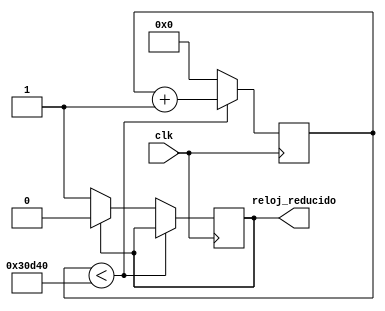
`timescale 1ns / 1ps
//////////////////////////////////////////////////////////////////////////////////
// Company: 
// Engineer: 
// 
// Design Name: 
// Module Name:    Reloj 
// Project Name: 
// Target Devices: 
// Tool versions: 
// Description: 
//
// Dependencies: 
//
// Revision: 
// Revision 0.01 - File Created
// Additional Comments: 
//
//////////////////////////////////////////////////////////////////////////////////
module Reloj(
    input clk,
    output reg reloj_reducido
    );
reg [255:0]contador;

//si contador es menor a 10k suma 1, sino reset 0 y cambio en reloj_reducido
always @(posedge clk)
	begin 
	if(contador<200000)//medio segundo de cambio
		begin 
			contador = contador+1;
		end
	else begin 
			contador = 0;
			//reloj_reducido = (reloj_reducido==1)?0:1;
			if(reloj_reducido==1)reloj_reducido=0;else reloj_reducido=1;
		end
	end
endmodule